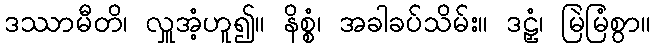
ဒဿာမီတိ၊ လှူအံ့ဟူ၍။ နိစ္စံ၊ အခါခပ်သိမ်း။ ဒဠှံ၊ မြဲမြံစွာ။